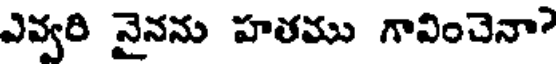
ఎవ్వరి నైనను హతము గావించెనా?